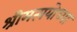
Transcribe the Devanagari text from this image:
श्रीमत्ययोध्या